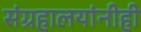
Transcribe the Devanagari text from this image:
संग्रहालयांनीही